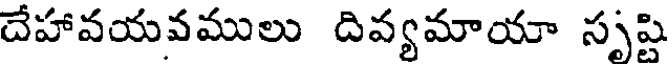
దేహావయవములు దివ్యమాయా సృష్టి